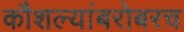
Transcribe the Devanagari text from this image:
कौशल्यांबरोबरच